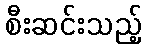
စီးဆင်းသည့်